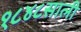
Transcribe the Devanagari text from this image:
१८४८साली